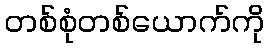
တစ်စုံတစ်ယောက်ကို